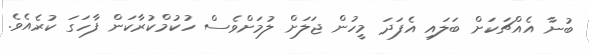
ބުނާ އެއްޗަކަށް ބަލައި އެފަދަ މީހުން ޖަލަށް ލުމަށްވެސް ހުކުމްކުރާކަން ފާހަގަ ކުރެއެވެ.